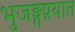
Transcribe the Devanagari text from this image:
भुजङ्गप्रयात